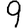
Digit: 9